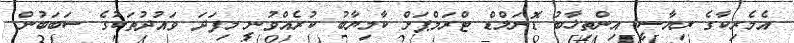
އެމެރިކާގެ ރިޔާސީ އިންތިޚާބު ޑޮނަލްޑް ޓްރަމްޕަށް ކާމިޔާބު ކުރެއްވުނީ މިފަދަ ވައުދުތަކުގެ ސަބަބުން